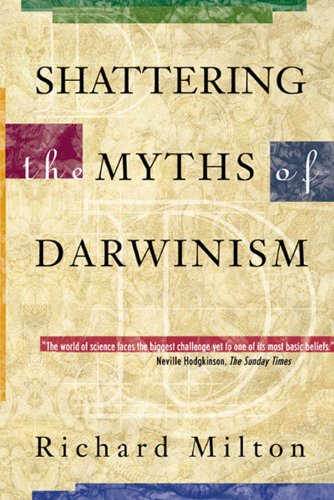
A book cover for Shattering the Myths of Darwinism; Richard Milton; Science & Math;